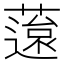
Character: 䕂